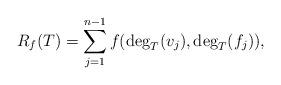
LaTeX: \begin{align*} R_f(T) = \sum_{j = 1}^{n-1} f(\deg_T(v_j), \deg_T(f_j)),\end{align*}